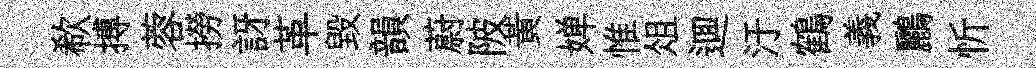
欷搏蓉撈訝革毁韻蔚陂黄婵惟俎逥汙鶴義鸝忻